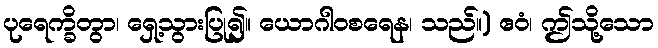
ပုရေက္ခိတွာ၊ ရှေ့သွားပြု၍။ ယောဂါဝစရေန၊ သည်။) ဧဝံ၊ ဤသို့သော